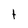
Character: t